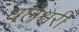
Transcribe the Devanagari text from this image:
धलेश्वरी